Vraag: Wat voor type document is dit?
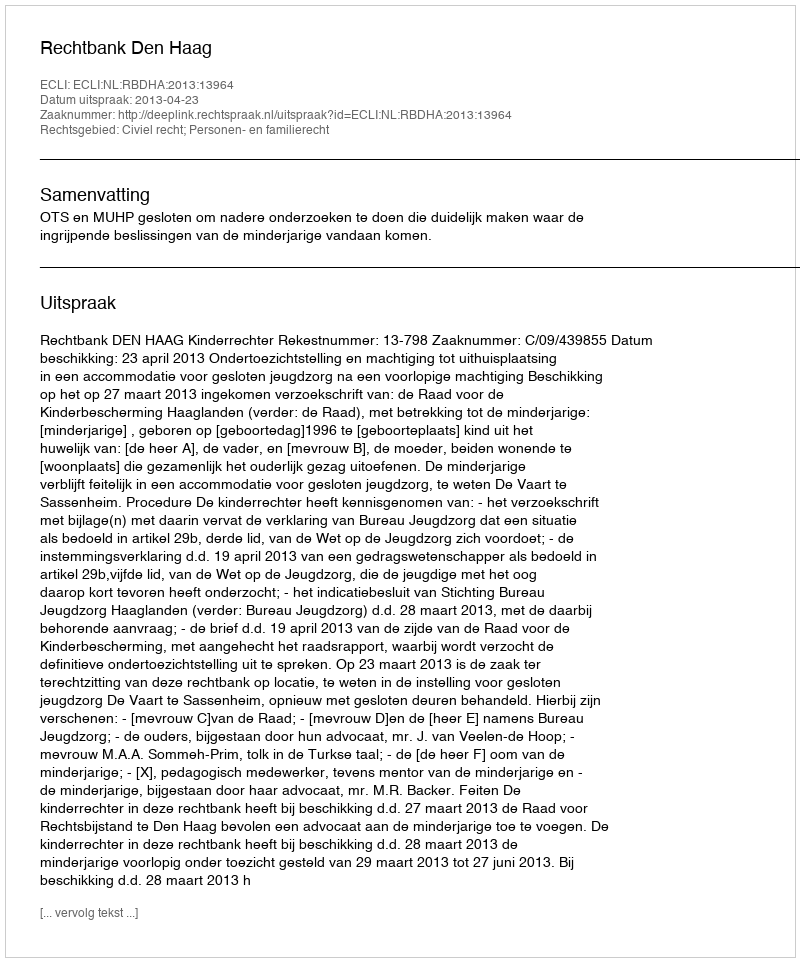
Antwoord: Uitspraak